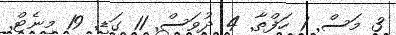
3 މަސް